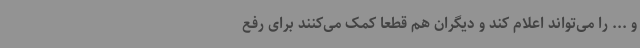
و ... را می‌تواند اعلام کند و دیگران هم قطعا کمک می‌کنند برای رفع